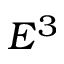
E ^ { 3 }